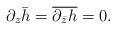
LaTeX: \begin{align*}\partial_z \bar h = \overline{\partial_{\bar z} h} =0. \end{align*}